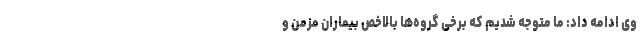
وی ادامه داد: ما متوجه شدیم که برخی گروه‌ها بالاخص بیماران مزمن و